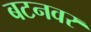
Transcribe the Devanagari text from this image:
बटनवर